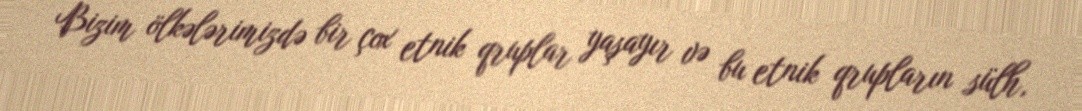
Bizim ölkələrimizdə bir çox etnik qruplar yaşayır və bu etnik qrupların sülh,